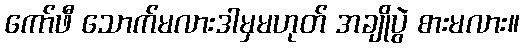
ကော်ဖီ သောက်မလားဒါမှမဟုတ် အချိုပွဲ စားမလား။